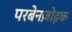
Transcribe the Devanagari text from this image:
परबेनज़ोइक